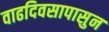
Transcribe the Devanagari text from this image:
वाढदिवसापासुन